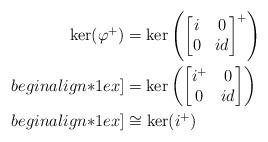
LaTeX: \begin{align*} \ker(\varphi^{+}) & = \ker \left( \begin{bmatrix} i & 0 \\ 0 & id \end{bmatrix}^{+}\right) \\begin{align*}1ex] & = \ker \left( \begin{bmatrix} i^{+} & 0 \\ 0 & id \end{bmatrix}\right)\\begin{align*}1ex] & \cong \ker(i^{+}) \end{align*}